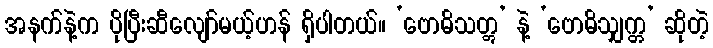
အနက်နဲ့က ပိုပြီးဆီလျော်မယ့်ဟန် ရှိပါတယ်။ ‘ဗောဓိသတ္တွ’ နဲ့ ‘ဗောဓိသျှက္တ’ ဆိုတဲ့